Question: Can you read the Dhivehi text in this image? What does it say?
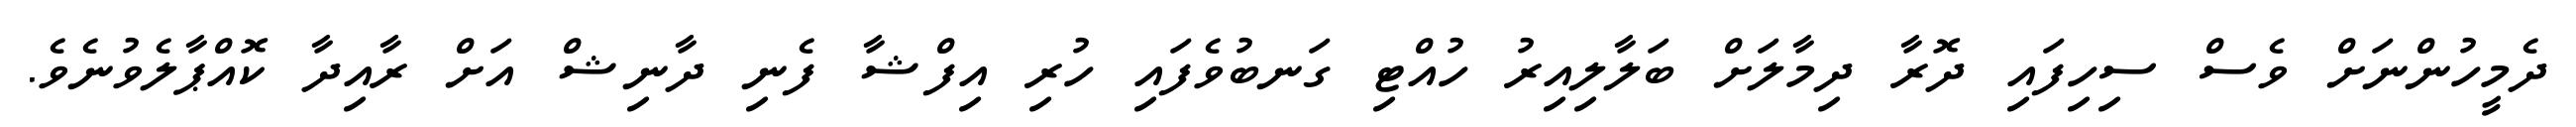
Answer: ދެމީހުންނަށް ވެސް ސިހިފައި ދޮރާ ދިމާލަށް ބަލާލިއިރު ހުއްޓި ގަނބުވެފައި ހުރި އިފްޝާ ފެނި ދާނިޝް އަށް ރާއިދާ ކޮއްޕާލެވުނެވެ.